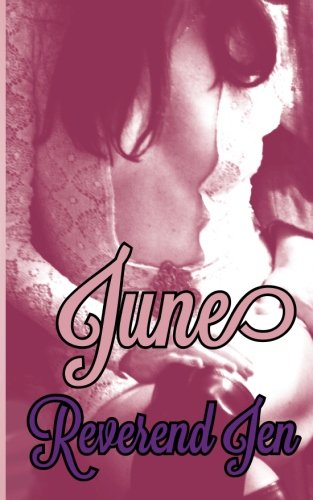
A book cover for June; Reverend Jen; Romance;